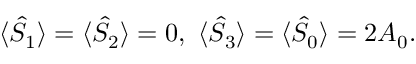
\begin{array} { r } { \langle \hat { \cal S } _ { 1 } \rangle = \langle \hat { \cal S } _ { 2 } \rangle = 0 , \, \, \langle \hat { \cal S } _ { 3 } \rangle = \langle \hat { \cal S } _ { 0 } \rangle = 2 A _ { 0 } . } \end{array}